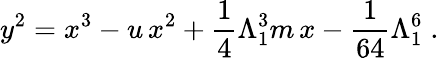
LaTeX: y^{2}=x^{3}-u\, x^{2}+\frac{1}{4}\Lambda_{1}^{3}m\, x-\frac{1}{64}\Lambda_{1}^{6}\; .